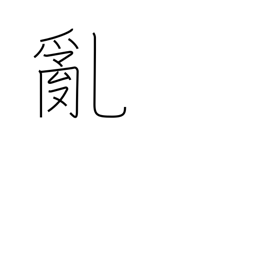
Meaning: riot